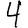
Digit: 4